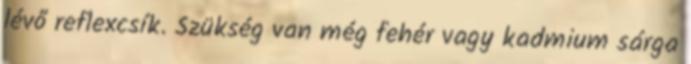
lévő reflexcsík. Szükség van még fehér vagy kadmium sárga